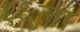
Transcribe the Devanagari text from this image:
१६ला